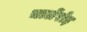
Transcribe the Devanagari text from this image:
चार्लेरोइ